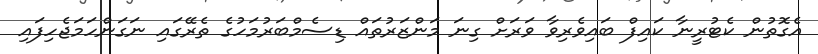
އެގޮތުން ކެޓުރީނާ ކައިފް ބައިވެރިވާ ވަރަށް ގިނަ މަންޒަރުތައް ޑިސެމްބަރުމަހުގެ ތެރޭގައި ނަގަންހަމަޖެހިފައި